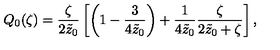
Q _ { 0 } ( \zeta ) = { \frac { \zeta } { 2 \tilde { z } _ { 0 } } } \left[ \left( 1 - { \frac { 3 } { 4 \tilde { z } _ { 0 } } } \right) + { \frac { 1 } { 4 \tilde { z } _ { 0 } } } { \frac { \zeta } { 2 \tilde { z } _ { 0 } + \zeta } } \right] ,